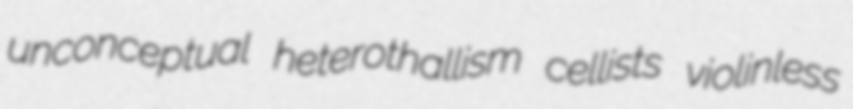
unconceptual heterothallism cellists violinless